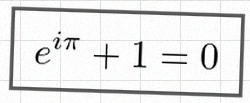
e^{i\pi}+1=0